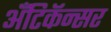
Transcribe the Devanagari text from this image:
अँटिकॅन्सर